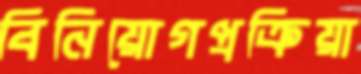
বিনিয়োগপ্রক্রিয়া